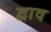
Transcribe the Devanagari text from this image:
द्वाव